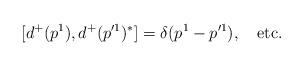
LaTeX: \begin{align*}[ d^+(p^1), d^+(p'^1)^*]=\delta(p^1-p'^1), \quad \mbox{etc.}\end{align*}